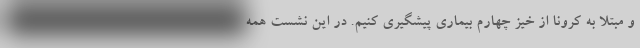
و مبتلا به کرونا از خیز چهارم بیماری پیشگیری کنیم. در این نشست همه